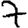
Digit: 7